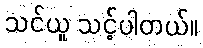
သင်ယူ သင့်ပါတယ်။